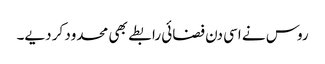
روس نے اسی دن فضائی رابطے بھی محدود کر دیے۔